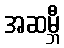
အဆမ္ဘီ